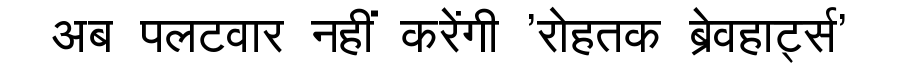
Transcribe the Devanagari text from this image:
अब पलटवार नहीं करेंगी 'रोहतक ब्रेवहार्ट्स'